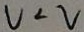
V < 2